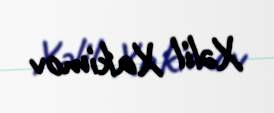
Xəlil Xakimov